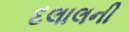
દલાલની